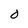
Character: O